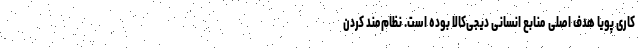
کاری پویا هدف اصلی منابع انسانی دیجی‌کالا بوده است. نظام‌مند کردن